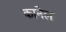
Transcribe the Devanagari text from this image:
कानेल